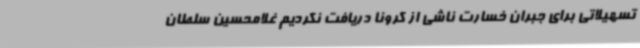
تسهیلاتی برای جبران خسارت ناشی از کرونا دریافت نکردیم غلامحسین سلطان